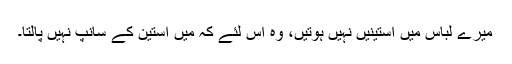
میرے لباس میں آستینیں نہیں ہوتیں، وہ اس لئے کہ میں آستین کے سانپ نہیں پالتا۔